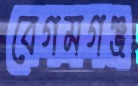
বেগমগঞ্জ